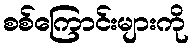
စစ်ကြောင်းများကို